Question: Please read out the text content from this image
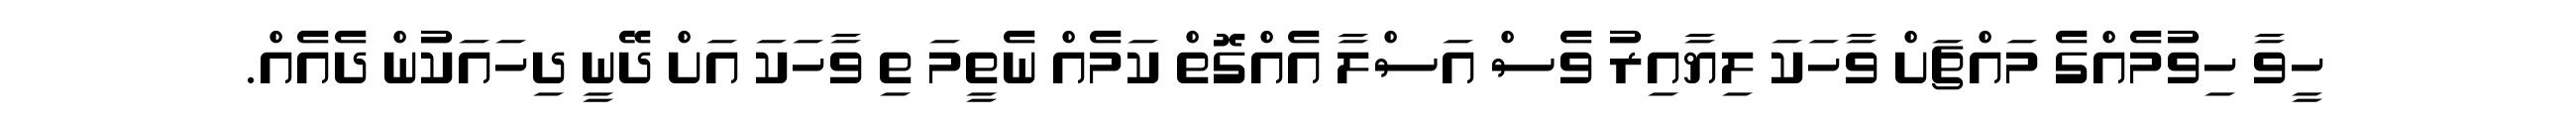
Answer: ހީވާ ހިވުމެއްގެ މައްޗަށް ވާހަކަ ލިޔާއިރު ވެސް އަސްލާ އެއްގޮތް ކަމެއް ނެތީމަ ތި ވާހަކަ އަށް ދޭނީ ދިހައަކުން ދެއެއް.